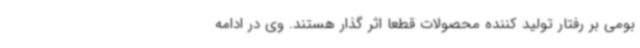
بومی بر رفتار تولید کننده محصولات قطعا اثر گذار هستند. وی در ادامه